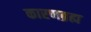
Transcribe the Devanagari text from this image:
कारणब्रह्म